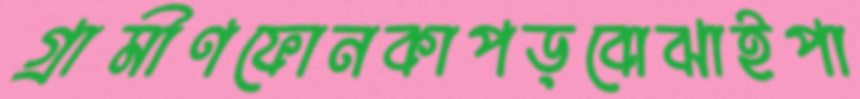
গ্রামীণফোনকাপড়বোঝাইপা